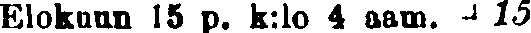
Elokaan 15 p. k:lo 4 aam. + 15